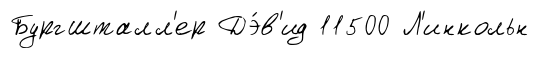
Бургшталл'ер Дэ́в'ид 11500 Л'инкольн